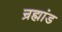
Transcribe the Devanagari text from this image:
न्रह्मांड